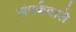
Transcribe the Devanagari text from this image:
संपर्कवाले